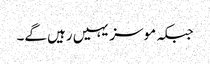
جبکہ موسز یہیں رہیں گے۔